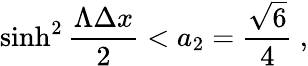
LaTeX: \sinh^{2}{\frac{\Lambda\Delta x}{2}}<a_{2}={\frac{\sqrt{6}}{4}}\ ,